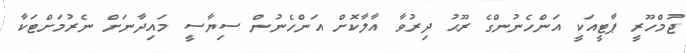
ޖުމްހޫރީ ޕާޓީއަކީ އަންހެނުންގެ ރޫޙު ދިރުވާ އާލާކޮށް އަންހެނުން ސިޔާސީ މައިދާނަށް ނެރުމަށްޓަކާ